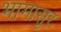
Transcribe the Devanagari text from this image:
भामासुर